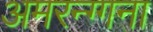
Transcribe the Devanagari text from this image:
अमरन्ग्गना